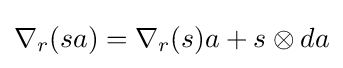
\nabla _{r}(sa)=\nabla _{r}(s)a+s\otimes da